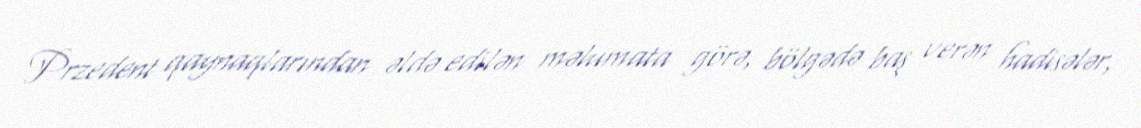
Przedent qaynaqlarından əldə edilən məlumata görə, bölgədə baş verən hadisələr,